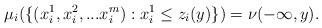
LaTeX: \begin{align*} \mu_i(\{(x_i^1,x_i^2,...x_i^m):x_i^1 \leq z_i(y)\}) = \nu(-\infty,y). \end{align*}